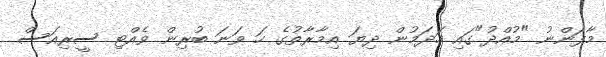
މާފަންނު "މުއްދު"ގައި ހަދަމުން ދިޔަ އިމާރާތުގެ ހަ ވަނަ ބުރިން ވެއްޓި ސީރިއަސް